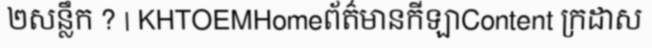
២សន្លឹក ? | KHTOEMHomeព័ត៌មានកីឡាContent ក្រដាស